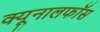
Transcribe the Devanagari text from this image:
क्‍यूनालफॉस